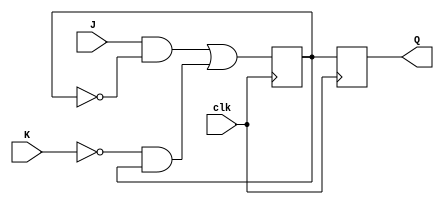
module master_slave_jk_flip_flop (
    input J,
    input K,
    input clk,
    output reg Q
);

reg internal_Q;

always @(posedge clk) begin
    internal_Q <= (J & ~internal_Q) | (~K & internal_Q);
end

always @(negedge clk) begin
    Q <= internal_Q;
end

endmodule